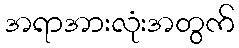
အရာအားလုံးအတွက်